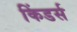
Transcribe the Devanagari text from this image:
किंडर्स